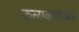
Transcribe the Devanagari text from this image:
कलाकारांच्‍या